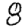
Digit: 8